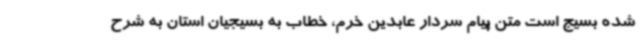
شده بسیج است متن پیام سردار عابدین خرم، خطاب به بسیجیان استان به شرح